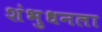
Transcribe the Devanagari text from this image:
शंभुधनला